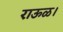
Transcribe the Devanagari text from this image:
राऊळ।